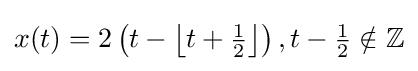
x(t)=2\left(t-\left\lfloor t+{\tfrac {1}{2}}\right\rfloor \right),t-{\tfrac {1}{2}}\notin \mathbb {Z}